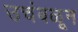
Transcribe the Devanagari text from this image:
उचंबळून